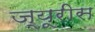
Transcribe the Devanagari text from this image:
ज्यूरीस